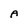
Character: A